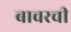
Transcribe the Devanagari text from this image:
बावरची